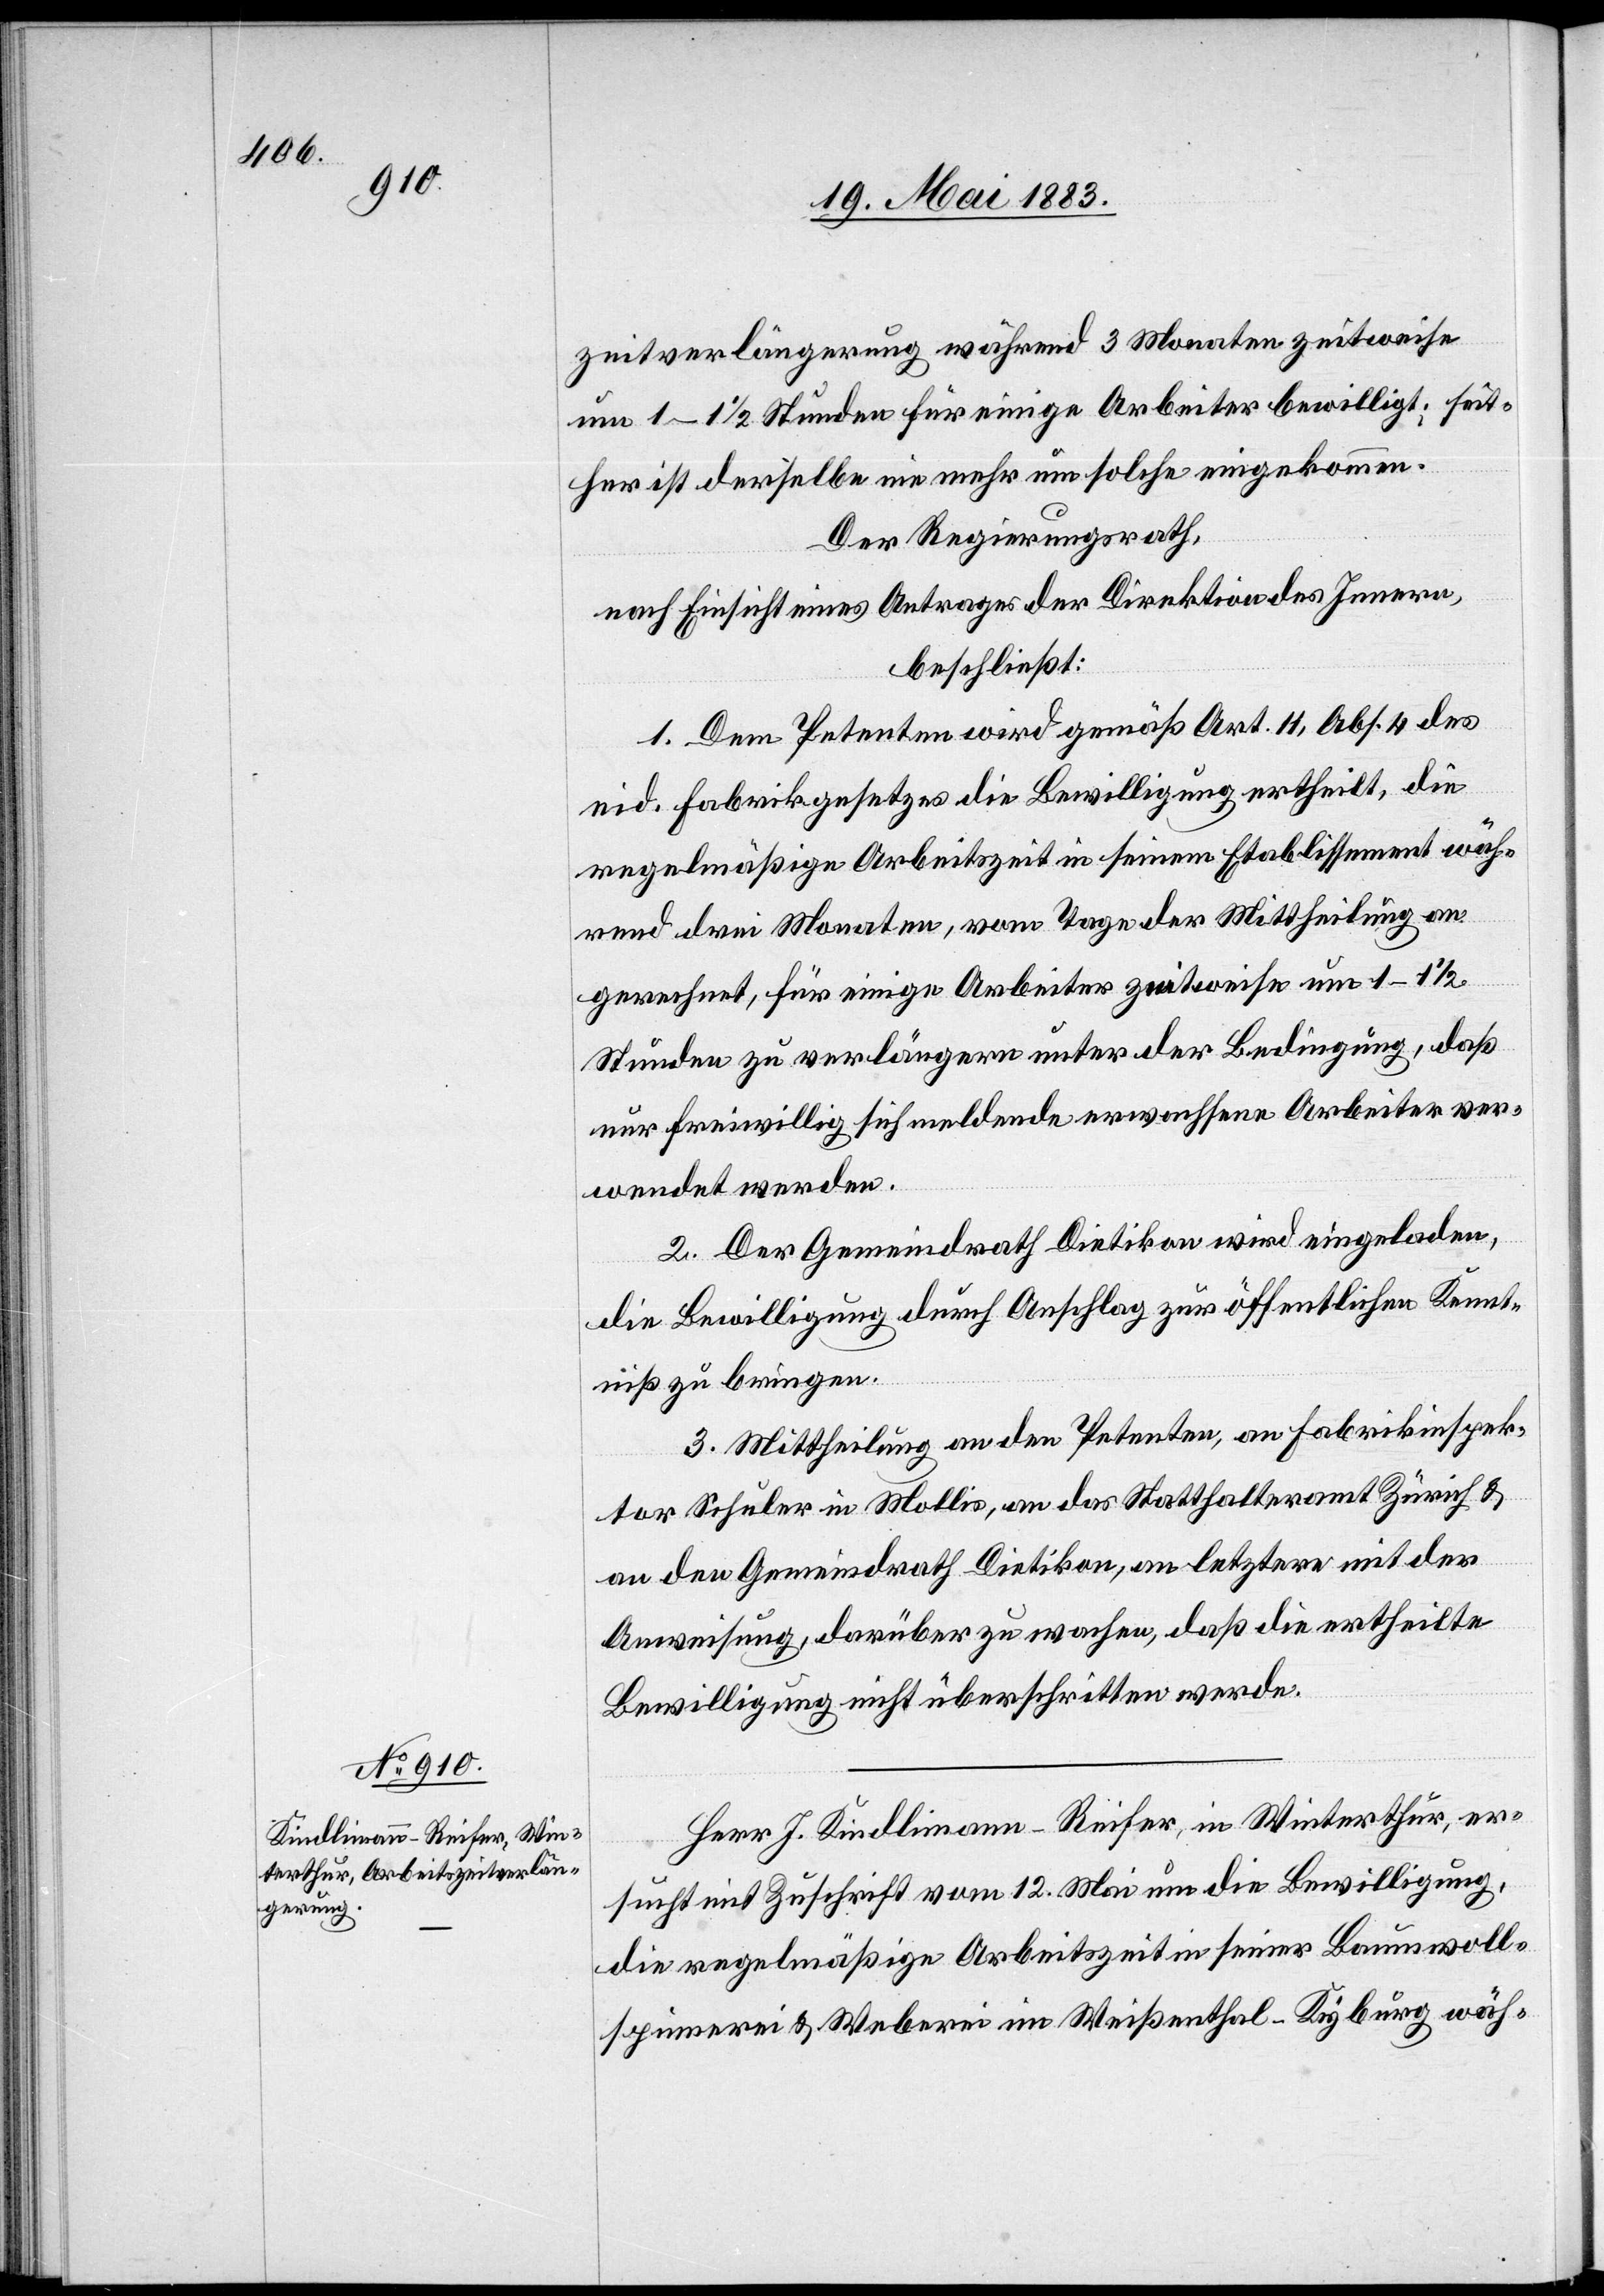
zeitverlängerung während 3 Monaten zweitweise
um 1–1 1/2 Stunden für einige Arbeiter bewilligt; seit¬
her ist derselbe nie mehr um solche eingekommen.
Der Regierungsrath,
nach Einsicht eines Antrages der Direktion des Innern,
beschließt:
1. Dem Petenten wird gemäß Art. 11, Abs. 4 des
eid. Fabrikgesetzes die Bewilligung ertheilt, die
regelmäßige Arbeitszeit in seinem Etablissement wäh¬
rend drei Monaten, vom Tage der Mittheilung an
gerechnet, für einige Arbeiter zeitweise um 1–1 1/2
Stunden zu verlängern unter der Bedingung, daß
nur freiwillig sich meldende erwachsene Arbeiter ver¬
wendet werden.
2. Der Gemeindrath Dietikon wird eingeladen,
die Bewilligung durch Anschlag zur öffentlichen Kennt¬
niß zu bringen.
3. Mittheilung an den Petenten, an Fabrikinspek¬
tor Schuler in Mollis, an das Statthalteramt Zürich &
an den Gemeindrath Dietikon, an letztere mit der
Anweisung, darüber zu wachen, daß die ertheilte
Bewilligung nicht überschritten werde.
Herr J. Kindlimann-Reifer, in Winterthur, er¬
sucht mit Zuschrift vom 12. Mai um die Bewilligung,
die regelmäßige Arbeitszeit in seiner Baumwoll¬
spinnerei & Weberei im Weißenthal - Kyburg wäh-